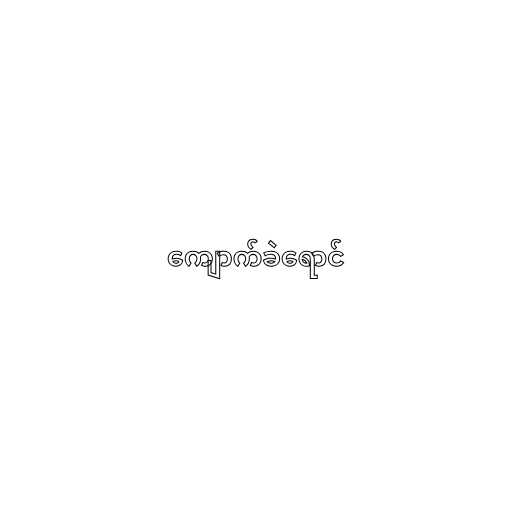
ကျောက်ခဲရောင်